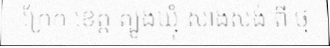
ក្រែក ខេត្ត ត្បូងឃ្មុំ សាងសង់ ពី ថ្ម